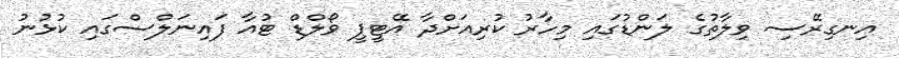
އިނގިރޭސި ވިލާތުގެ ލަންޑުގައި މިހާރު ކުރިއަށްދާ އޭޓީޕީ ވޯލްޑް ޓުއާ ފައިނަލްސްގައި ކުޅުނު